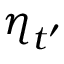
\boldsymbol \eta _ { t ^ { \prime } }